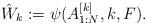
LaTeX: \begin{align*} \hat{W}_k := \psi( A^{[k]}_{1:N}, k, F).\end{align*}